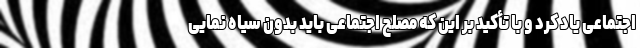
اجتماعی یاد کرد و با تأکید بر این که مصلح اجتماعی باید بدون سیاه نمایی